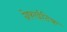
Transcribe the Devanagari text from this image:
ग्रेफाईटिक